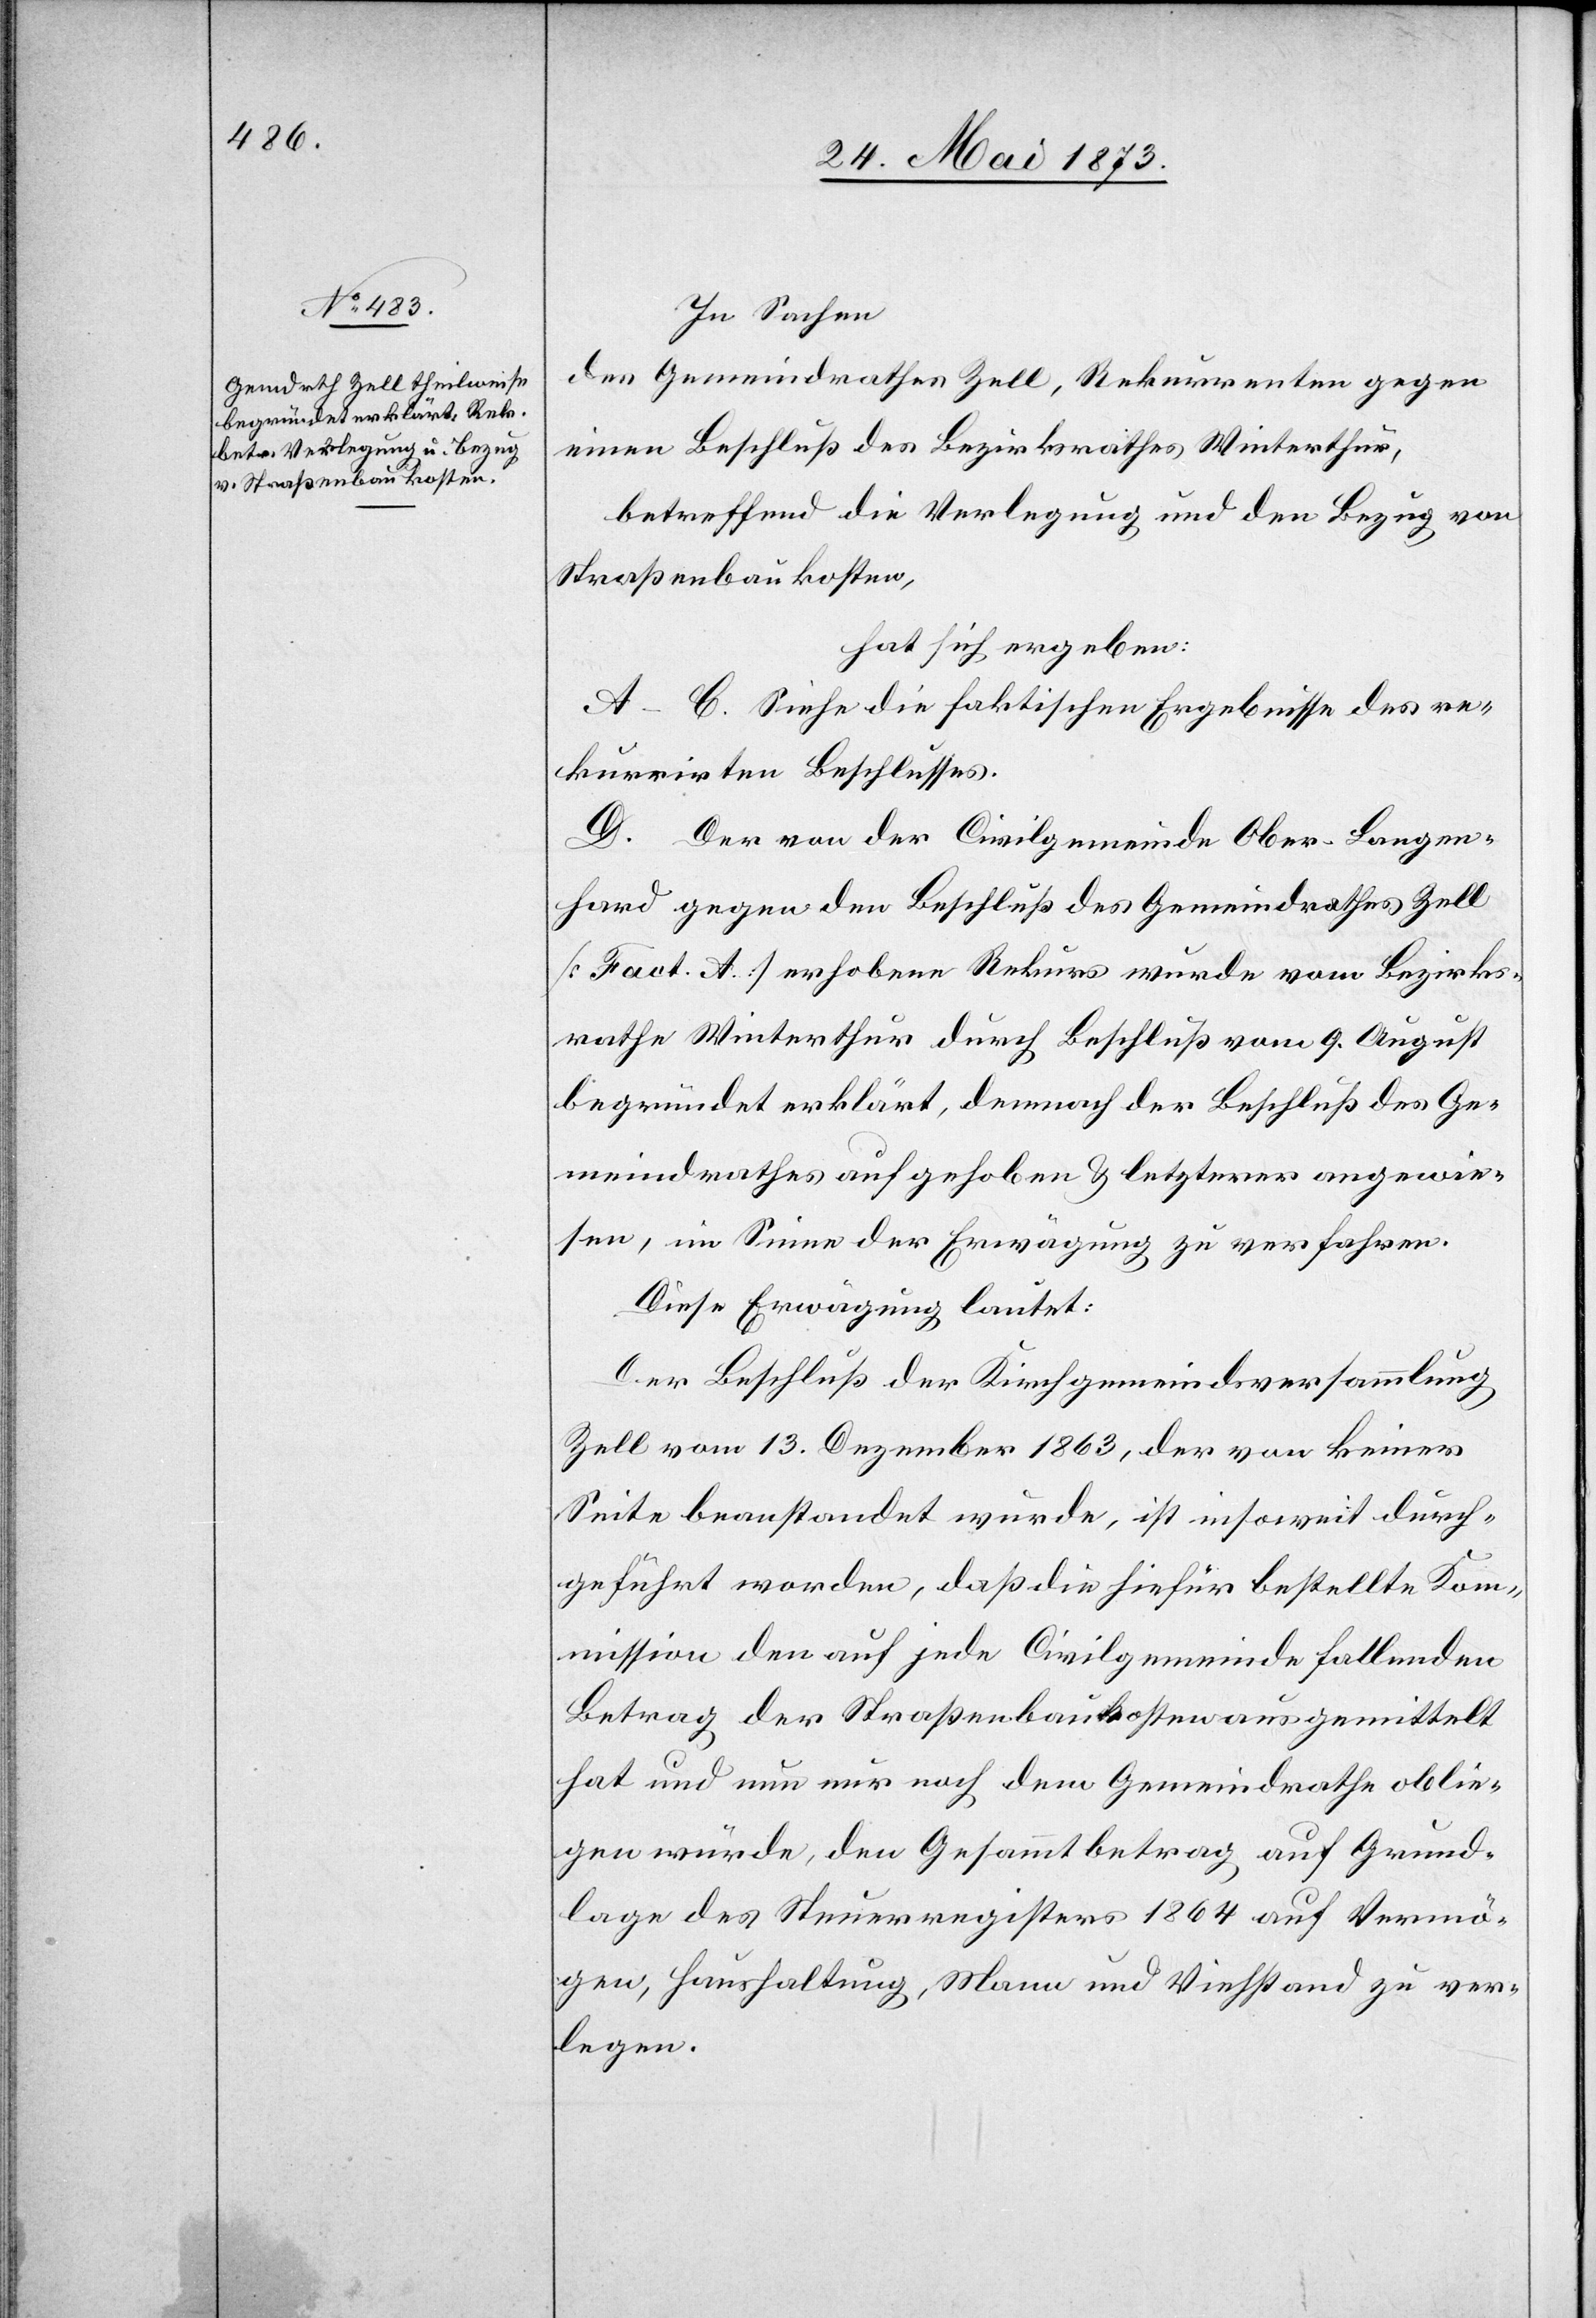
In Sachen
des Gemeindrathes Zell, Rekurrenten gegen
einen Beschluß des Bezirksrathes Winterthur,
betreffend die Verlegung und den Bezug von
Straßenbaukosten,
hat sich ergeben:
A–C. Siehe die faktischen Ergebnisse des re¬
kurrirten Beschlusses.
D. Der von der Civilgemeinde Ober-Langen¬
hard gegen den Beschluß des Gemeindrathes Zell
[Fact. A.] erhobene Rekurs wurde vom Bezirks¬
rathe Winterthur durch Beschluß vom 9. August
begründet erklärt, demnach der Beschluß des Ge¬
meindrathes aufgehoben & letzerer angewie¬
sen, im Sinne der Erwägung zu verfahren.
Diese Erwägung lautet:
Der Beschluß der Kirchgemeindsversammlung
Zell vom 13. Dezember 1863, der von keiner
Seite beanstandet wurde, ist insoweit durch¬
geführt worden, daß die hiefür bestellte Kom¬
mission den auf jede Civilgemeinde fallenden
Betrag der Straßenbaukosten ausgemittelt
hat und nun nur noch dem Gemeindrathe oblie¬
gen würde, den Gesammtbetrag auf Grund¬
lage des Steuerregisters 1864 auf Vermö¬
gen, Haushaltung, Mann und Viehstand zu ver¬
legen.